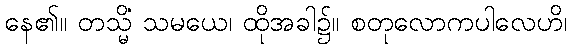
နေ၏။ တသ္မိံ သမယေ၊ ထိုအခါ၌။ စတုလောကပါလေဟိ၊